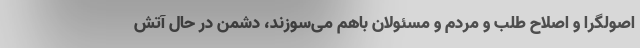
اصولگرا و اصلاح طلب و مردم و مسئولان باهم می‌سوزند، دشمن در حال آتش